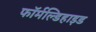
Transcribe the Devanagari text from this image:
फॉर्मल्डिहाइड